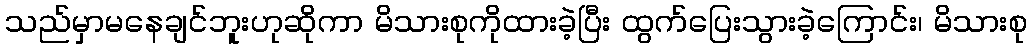
သည်မှာမနေချင်ဘူးဟုဆိုကာ မိသားစုကိုထားခဲ့ပြီး ထွက်ပြေးသွားခဲ့ကြောင်း၊ မိသားစု